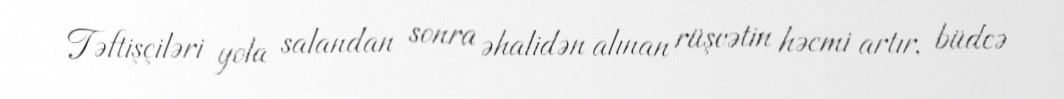
Təftişçiləri yola salandan sonra əhalidən alınan rüşvətin həcmi artır, büdcə